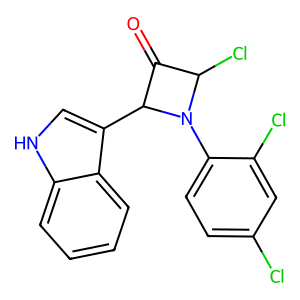
SMILES: O=C1C(Cl)N(c2ccc(Cl)cc2Cl)C1c1c[nH]c2ccccc12
Inhibits HIV replication: No